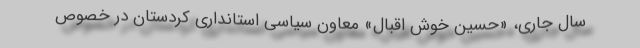
سال جاری، «حسین خوش اقبال» معاون سیاسی استانداری کردستان در خصوص